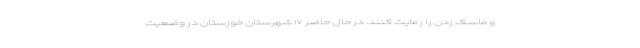
و ماسک زدن را رعایت کنند. در حال حاضر ۱۷ شهرستان خوزستان در وضعیت